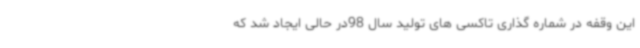
این وقفه در شماره گذاری تاکسی های تولید سال 98در حالی ایجاد شد که